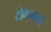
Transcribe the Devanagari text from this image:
टोकावरचे